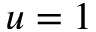
u = 1